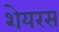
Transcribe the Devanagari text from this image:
शेयरस